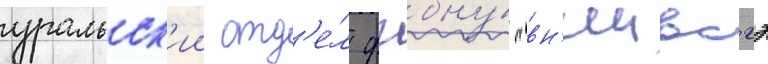
уральск'ии отд'е́л фгбну́ "вн'иивсгэ